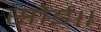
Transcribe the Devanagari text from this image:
सोई॥